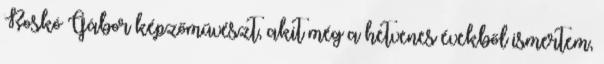
Roskó Gábor képzőművészt, akit még a hetvenes évekből ismertem,